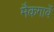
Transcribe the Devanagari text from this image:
मैकगार्वे